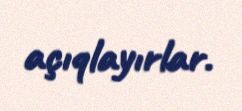
açıqlayırlar.